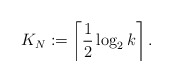
\begin{align*}K_N:=\left\lceil \frac{1}{2}\log_2 k \right\rceil.\end{align*}